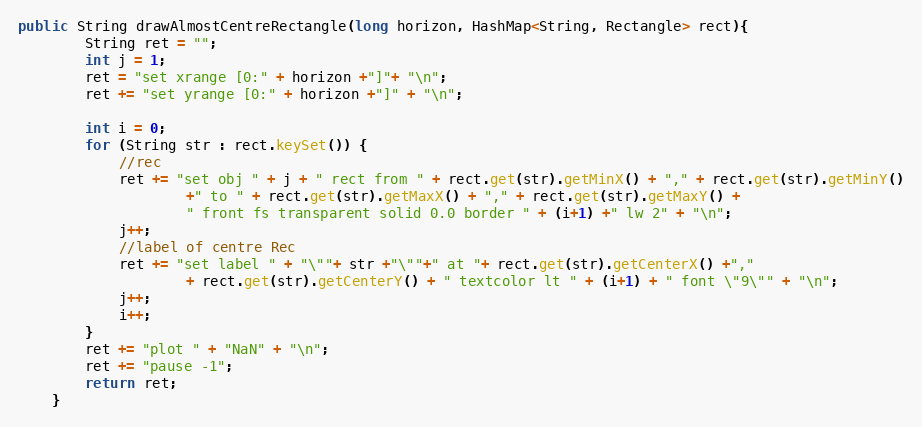
Language: Java
public String drawAlmostCentreRectangle(long horizon, HashMap<String, Rectangle> rect){
		String ret = "";
		int j = 1;
		ret = "set xrange [0:" + horizon +"]"+ "\n";
		ret += "set yrange [0:" + horizon +"]" + "\n";

		int i = 0;
		for (String str : rect.keySet()) {
			//rec
			ret += "set obj " + j + " rect from " + rect.get(str).getMinX() + "," + rect.get(str).getMinY()
					+" to " + rect.get(str).getMaxX() + "," + rect.get(str).getMaxY() +
					" front fs transparent solid 0.0 border " + (i+1) +" lw 2" + "\n";
			j++;
			//label of centre Rec
			ret += "set label " + "\""+ str +"\""+" at "+ rect.get(str).getCenterX() +","
					+ rect.get(str).getCenterY() + " textcolor lt " + (i+1) + " font \"9\"" + "\n";
			j++;
			i++;
		}
		ret += "plot " + "NaN" + "\n";
		ret += "pause -1";
		return ret;
	}